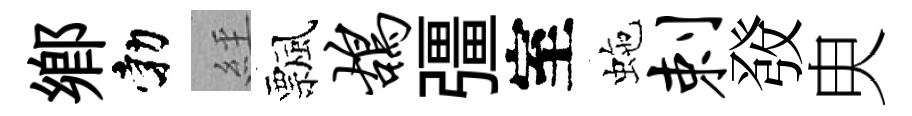
郷勃𦀇飄鸪彊室虵剌𤼲㬰